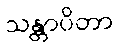
သန္တာပိတာ